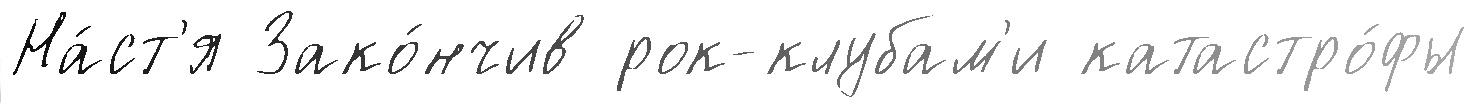
На́ст'я Зако́нчив рок-клубам'и катастро́фы